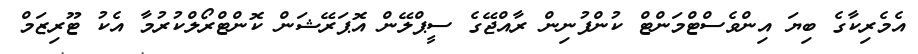
އެމެރިކާގެ ބިޔަ އިންވެސްޓްމަންޓް ކުންފުނިން ރާއްޖޭގެ ސީޕްލޭން އޮޕަރޭޝަން ކޮންޓްރޯލްކުރުމާ އެކު ޓޫރިޒަމް